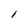
Character: l